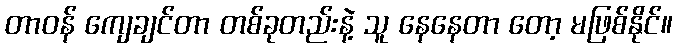
တာဝန် ကျေချင်တာ တစ်ခုတည်းနဲ့ သူ နေနေတာ တော့ မဖြစ်နိုင်။